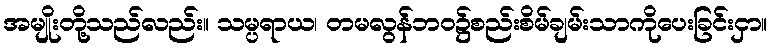
အမျိုးတို့သည်လည်း။ သမ္ပရာယ၊ တမလွန်ဘဝ၌စည်းစိမ်ချမ်းသာကိုပေးခြင်းငှာ။